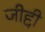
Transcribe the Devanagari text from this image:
जीद्दी